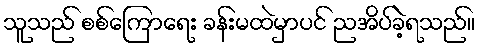
သူသည် စစ်ကြောရေး ခန်းမထဲမှာပင် ညအိပ်ခဲ့ရသည်။